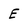
Character: E